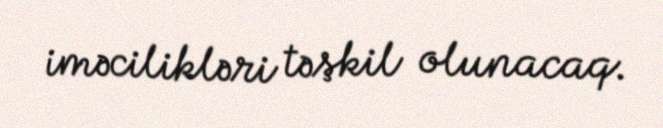
iməcilikləri təşkil olunacaq.